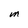
Character: M